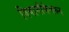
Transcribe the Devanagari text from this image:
विवानौकेवरुन